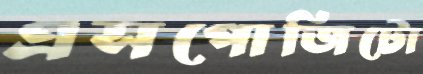
এসপোজিটো